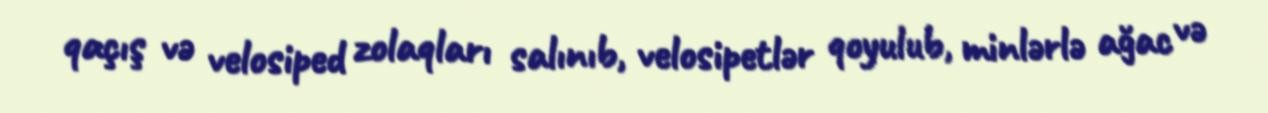
qaçış və velosiped zolaqları salınıb, velosipetlər qoyulub, minlərlə ağac və